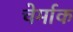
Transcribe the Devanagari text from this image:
चेर्माक